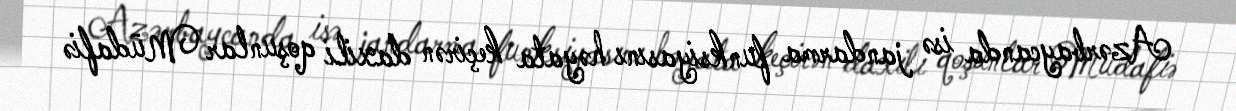
Azərbaycanda isə jandarma funksiyasını həyata keçirən daxili qoşunlar Müdafiə